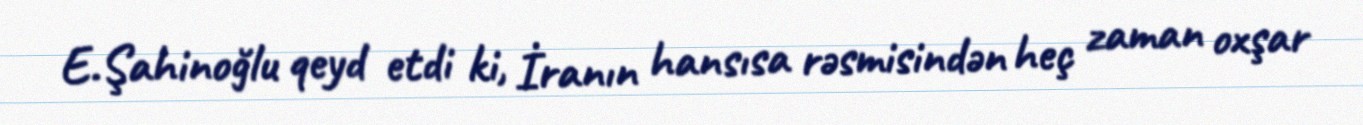
E.Şahinoğlu qeyd etdi ki, İranın hansısa rəsmisindən heç zaman oxşar